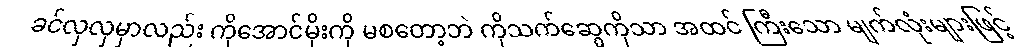
ခင်လှလှမှာလည်း ကိုအောင်မိုးကို မစတော့ဘဲ ကိုသက်ဆွေကိုသာ အထင် ကြီးသော မျက်လုံးများဖြင့်